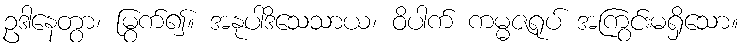
ဥဒါနေတွာ၊ မြွက်၍။ အနုပါဒိသေသာယ၊ ဝိပါက် ကမ္မဇရုပ် အကြွင်းမရှိသော။